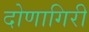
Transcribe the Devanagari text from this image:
दोणागिरी